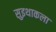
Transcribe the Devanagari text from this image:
सुइथाकला